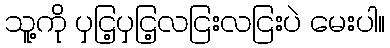
သူ့ကို ပှငြ့ပှငြ့လငြးလငြးပဲ မေးပါ။